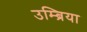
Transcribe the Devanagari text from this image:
उम्ब्रिया